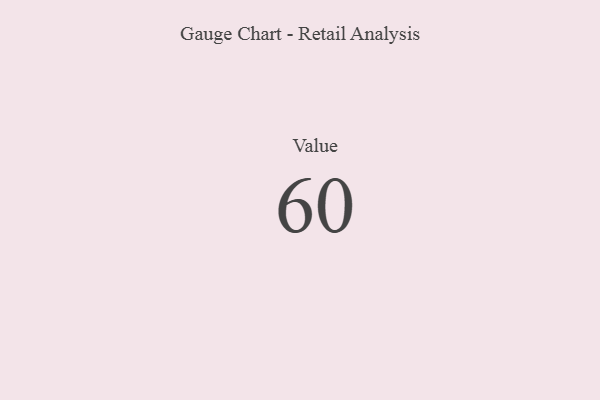
{"axis": {"x": "Metric", "y": "Value"}, "legend": [""], "data": [{"x": "Value", "y": 60, "type": ""}]}